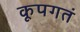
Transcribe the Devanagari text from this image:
कूपगतं